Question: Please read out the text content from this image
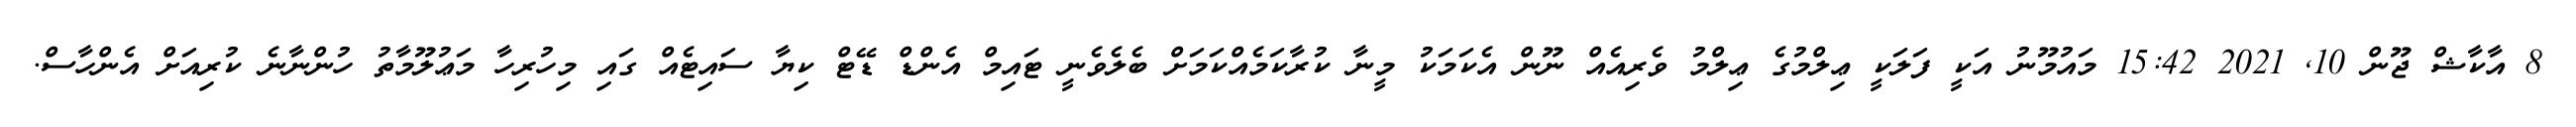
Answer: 8 އާކާޝް ޖޫން 10, 2021 15:42 މައުމޫނު އަކީ ފަލަކީ ޢިލްމުގެ ޢިލްމު ވެރިއެއް ނޫން އެކަމަކު މީނާ ކުރާކަމެއްކަމަށް ބެލެވެނީ ޓައިމް އެންޑް ޑޭޓް ކިޔާ ސައިޓެއް ގައި މިހުރިހާ މަޢުލޫމާތު ހުންނާނެ ކުރިއަށް އެންހާސް.